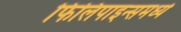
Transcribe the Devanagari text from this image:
फिलिपाइन्समध्ये